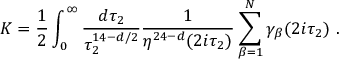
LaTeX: { \cal K } = { \frac { 1 } { 2 } } \int _ { 0 } ^ { \infty } { \frac { d \tau _ { 2 } } { \tau _ { 2 } ^ { 1 4 - d / 2 } } } { \frac { 1 } { \eta ^ { 2 4 - d } ( 2 i \tau _ { 2 } ) } } \sum _ { \beta = 1 } ^ { \cal N } \gamma _ { \beta } ( 2 i \tau _ { 2 } ) \ .